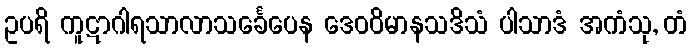
ဥပရိ ကူဋာဂါရသာလာသင်္ခေပေန ဒေဝဝိမာနသဒိသံ ပါသာဒံ အကံသု, တံ